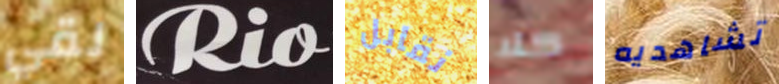
لقي Rio نقابل كلا تشاهديه